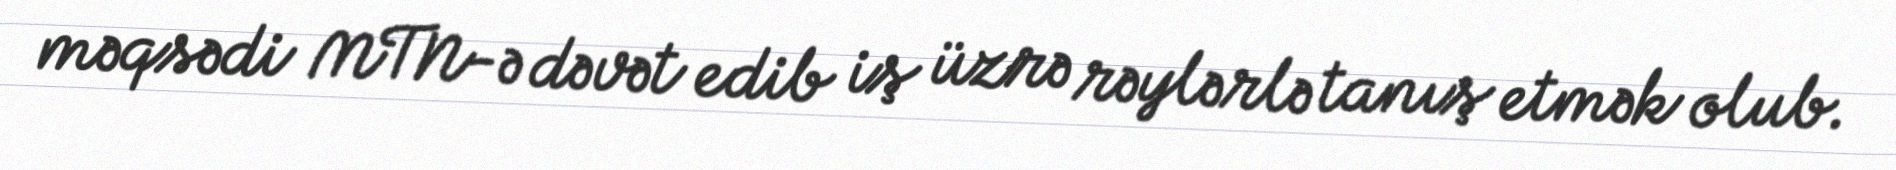
məqsədi MTN-ə dəvət edib iş üzrə rəylərlə tanış etmək olub.